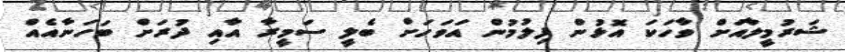
ޝަރުމީލާއަށް ވާހަކަ އޮޅުން ފިލުމުން އަވަހަށް ބެލީ ސަމީރާ އާއި ދުރަށް ބަހަނާއެއް